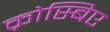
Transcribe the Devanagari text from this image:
क्रोस्बिए